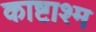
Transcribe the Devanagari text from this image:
काष्टाश्म